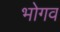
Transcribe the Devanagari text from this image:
भोगव